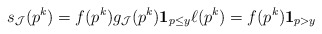
\begin{align*}s_{\mathcal{J}}(p^k) = f(p^k) g_{\mathcal{J}}(p^k) \mathbf{1}_{p \leq y} \ell(p^k) = f(p^k) \mathbf{1}_{p > y}\end{align*}